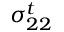
\sigma _ { 2 2 } ^ { t }